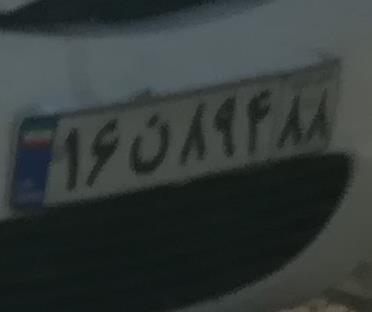
۱۶ن۸۹۴۸۸